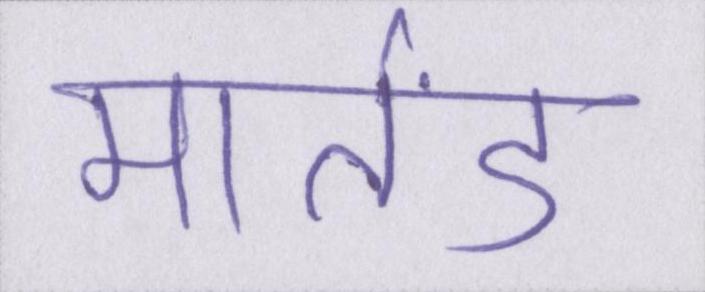
मार्तंड